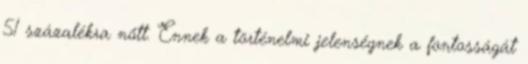
51 százalékra nőtt. Ennek a történelmi jelenségnek a fontosságát